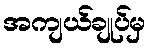
အကျယ်ချုပ်မှ